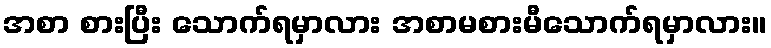
အစာ စားပြီး သောက်ရမှာလား အစာမစားမီသောက်ရမှာလား။